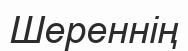
Шереннің